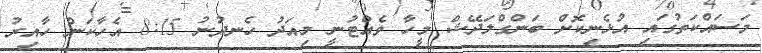
މަސައްކަތުގައި އުޅެނިކޮށް ބަންގްލަދޭޝް މީހާ ވެއްޓުނީ މިއަދު ހެނދުނު 8:15 އެހާކަން ހާއިރު